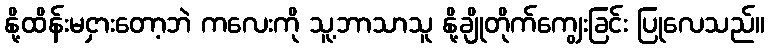
နို့ထိန်းမငှားတော့ဘဲ ကလေးကို သူ့ဘာသာသူ နို့ချိုတိုက်ကျွေးခြင်း ပြုလေသည်။